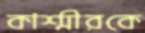
কাশ্মীরকে